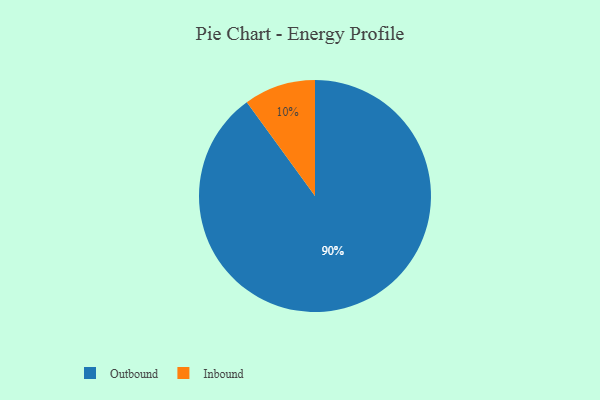
{"axis": {"x": "Category", "y": "Percentage"}, "legend": ["Inbound", "Outbound"], "data": [{"x": "Outbound", "y": 90, "type": "Outbound"}, {"x": "Inbound", "y": 10, "type": "Inbound"}]}